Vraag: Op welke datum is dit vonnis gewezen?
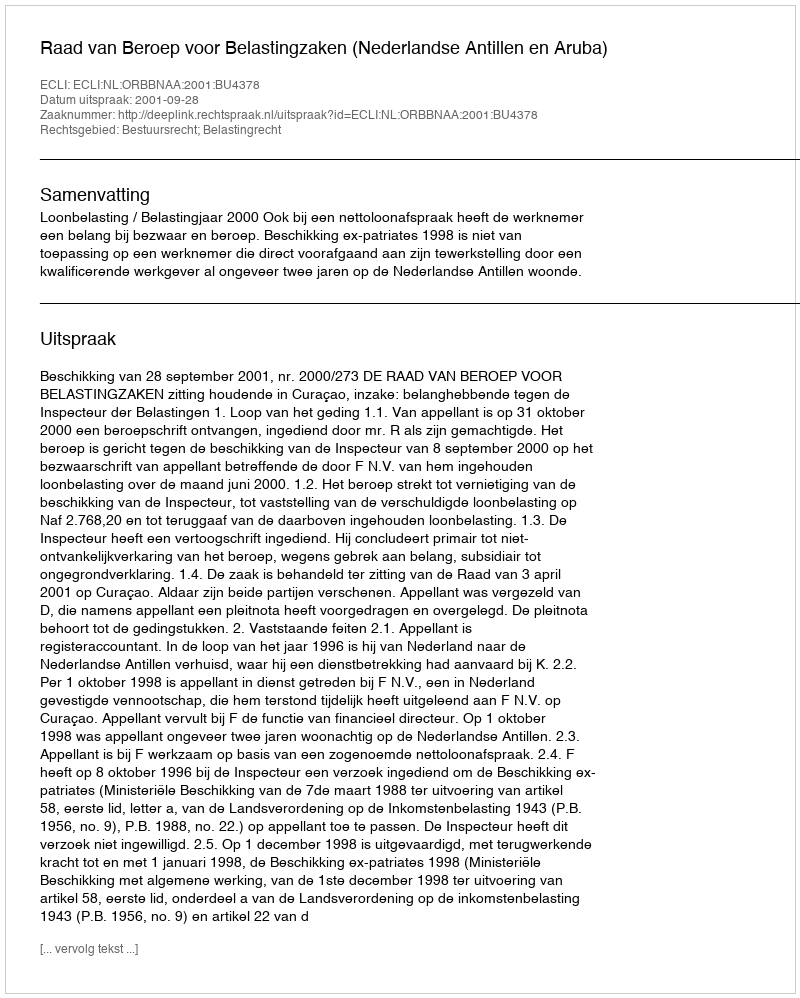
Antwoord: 2001-09-28